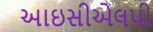
આઇસીએલપી